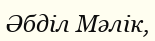
Әбділ Мәлік,